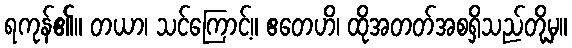
ရကုန်၏။ တယာ၊ သင်ကြောင့်။ ဧတေဟိ၊ ထိုအတတ်အစရှိသည်တို့မှ။